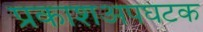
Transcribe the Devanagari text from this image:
प्रकाशअपघटक